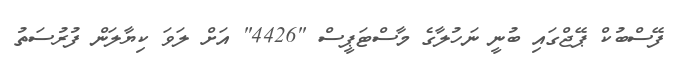
ފޭސްބުކް ޕޭޖްގައި ބުނީ ނަހުލާގެ މާސްޓަޕީސް "4426" އަށް ލަވަ ކިޔާލަން ފުރުސަތު